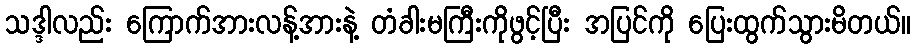
သဒ္ဒါလည်း ကြောက်အားလန့်အားနဲ့ တံခါးမကြီးကိုဖွင့်ပြီး အပြင်ကို ပြေးထွက်သွားမိတယ်။